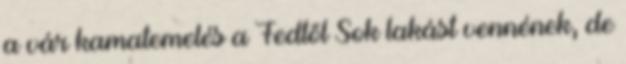
a vár kamatemelés a Fedtől Sok lakást vennének, de